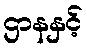
ဌာနနှင့်